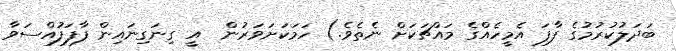
ބަދަލުކުރުމުގެ ފާފަ އެމީހެއްގެ މައްޗަކަށް ނެތެވެ.) ހަމަކަށަވަރުން  އީ ގިނަގިނައިން ފާފަފުއްސަވާ